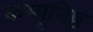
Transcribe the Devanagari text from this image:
कम्यूनिष्ठ